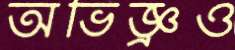
অভিজ্ঞ্রও